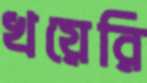
খয়েরি